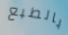
بالطبع